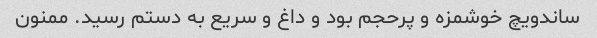
ساندویچ خوشمزه و پرحجم بود و داغ و سریع به دستم رسید. ممنون